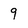
Character: 9